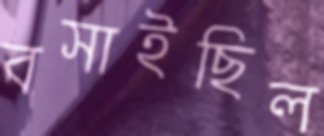
বসাইছিল